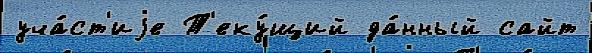
уча́ст'иjе Т'еку́щий да́нный сайт